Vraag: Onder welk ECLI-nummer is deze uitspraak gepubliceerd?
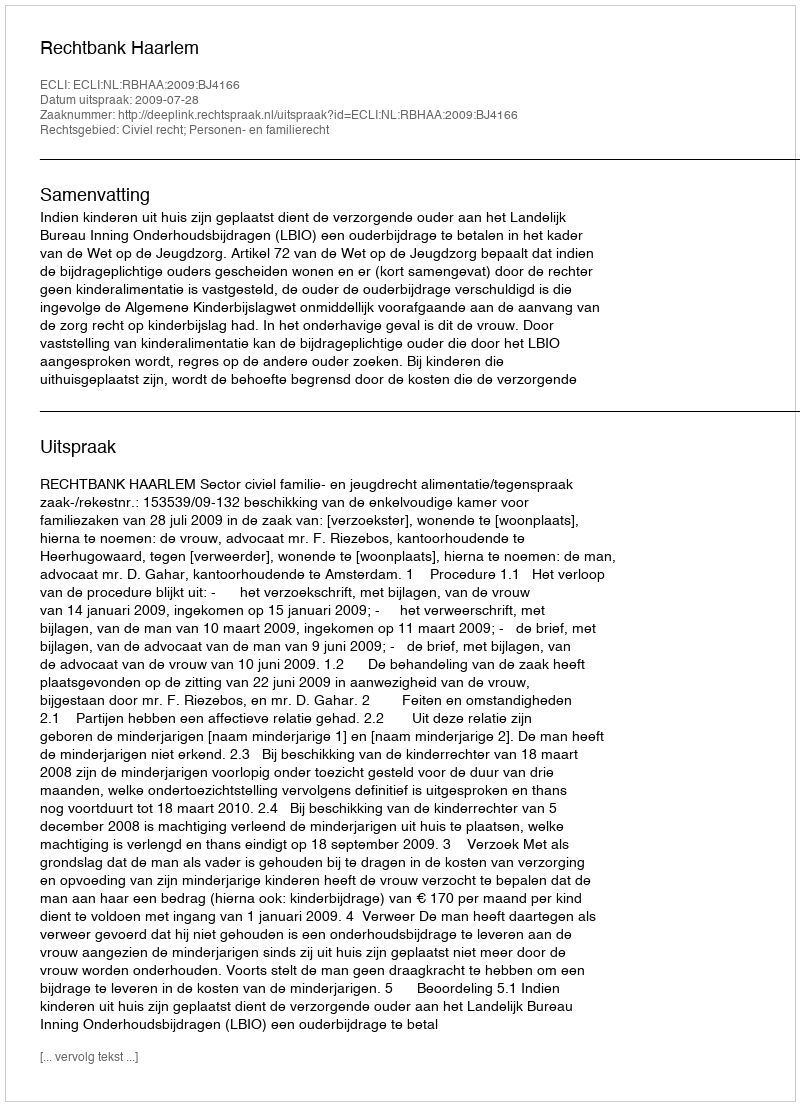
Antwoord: ECLI:NL:RBHAA:2009:BJ4166